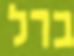
ברל